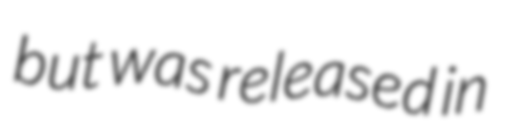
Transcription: but was released in